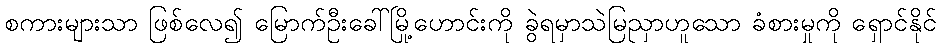
စကားများသာ ဖြစ်လေ၍ မြောက်ဦးခေါ်မြို့ဟောင်းကို ခွဲရမှာသဲမြညှာဟူသော ခံစားမှုကို ရှောင်နိုင်